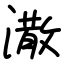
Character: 潵